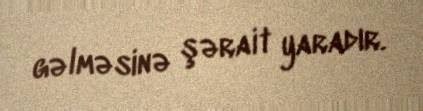
gəlməsinə şərait yaradır.